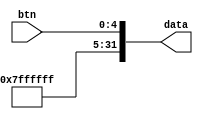
`timescale 1ns / 1ps
//////////////////////////////////////////////////////////////////////////////////
// Company: 
// Engineer: 
// 
// Design Name: 
// Module Name: InterfaceButton
// Project Name: 
// Target Devices: 
// Tool Versions: 
// Description: 
// 
// Dependencies: 
// 
// Revision:
// Revision 0.01 - File Created
// Additional Comments:
// 
//////////////////////////////////////////////////////////////////////////////////


module InterfaceButton(
    input [4:0] btn,
    output [31:0] data
    
    );
    assign data = {27'h7ffffff, btn};
endmodule